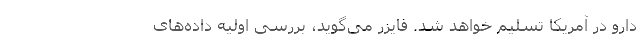
دارو در آمریکا تسلیم خواهد شد. فایزر می‌گوید، بررسی اولیه داده‌های